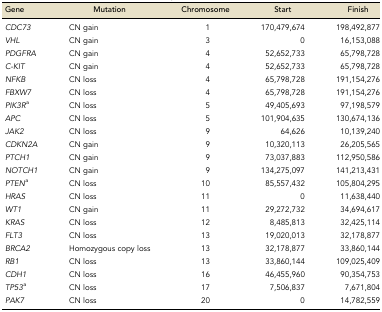
<table><thead><tr><td><b>Gene</b></td><td><b>Mutation</b></td><td><b>Chromosome</b></td><td><b>Start</b></td><td><b>Finish</b></td></tr></thead><tbody><tr><td><i>CDC73</i></td><td>CN gain</td><td>1</td><td>170,479,674</td><td>198,492,877</td></tr><tr><td><i>VHL</i></td><td>CN gain</td><td>3</td><td>0</td><td>16,153,088</td></tr><tr><td><i>PDGFRA</i></td><td>CN gain</td><td>4</td><td>52,652,733</td><td>65,798,728</td></tr><tr><td><i>C-KIT</i></td><td>CN gain</td><td>4</td><td>52,652,733</td><td>65,798,728</td></tr><tr><td><i>NFKB</i></td><td>CN loss</td><td>4</td><td>65,798,728</td><td>191,154,276</td></tr><tr><td><i>FBXW7</i></td><td>CN loss</td><td>4</td><td>65,798,728</td><td>191,154,276</td></tr><tr><td><i>PIK3R</i><sup>a</sup></td><td>CN loss</td><td>5</td><td>49,405,693</td><td>97,198,579</td></tr><tr><td><i>APC</i></td><td>CN loss</td><td>5</td><td>101,904,635</td><td>130,674,136</td></tr><tr><td><i>JAK2</i></td><td>CN loss</td><td>9</td><td>64,626</td><td>10,139,240</td></tr><tr><td><i>CDKN2A</i></td><td>CN gain</td><td>9</td><td>10,320,113</td><td>26,205,565</td></tr><tr><td><i>PTCH1</i></td><td>CN gain</td><td>9</td><td>73,037,883</td><td>112,950,586</td></tr><tr><td><i>NOTCH1</i></td><td>CN gain</td><td>9</td><td>134,275,097</td><td>141,213,431</td></tr><tr><td><i>PTEN</i><sup>a</sup></td><td>CN loss</td><td>10</td><td>85,557,432</td><td>105,804,295</td></tr><tr><td><i>HRAS</i></td><td>CN loss</td><td>11</td><td>0</td><td>11,638,440</td></tr><tr><td><i>WT1</i></td><td>CN gain</td><td>11</td><td>29,272,732</td><td>34,694,617</td></tr><tr><td><i>KRAS</i></td><td>CN loss</td><td>12</td><td>8,485,813</td><td>32,425,114</td></tr><tr><td><i>FLT3</i></td><td>CN loss</td><td>13</td><td>19,020,013</td><td>32,178,877</td></tr><tr><td><i>BRCA2</i></td><td>Homozygous copy loss</td><td>13</td><td>32,178,877</td><td>33,860,144</td></tr><tr><td><i>RB1</i></td><td>CN loss</td><td>13</td><td>33,860,144</td><td>109,025,409</td></tr><tr><td><i>CDH1</i></td><td>CN loss</td><td>16</td><td>46,455,960</td><td>90,354,753</td></tr><tr><td><i>TP53</i><sup>a</sup></td><td>CN loss</td><td>17</td><td>7,506,837</td><td>7,671,804</td></tr><tr><td><i>PAK7</i></td><td>CN loss</td><td>20</td><td>0</td><td>14,782,559</td></tr></tbody></table>